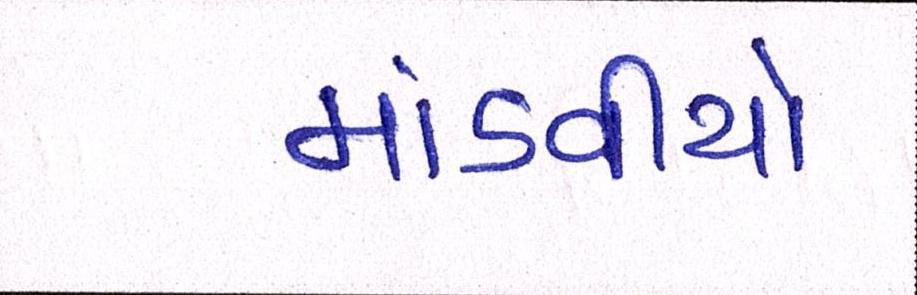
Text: માંડવીયો